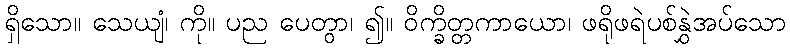
ရှိသော။ သေယျံ၊ ကို။ ပည ပေတွာ၊ ၍။ ဝိက္ခိတ္တကာယော၊ ဖရိုဖရဲပစ်နွှဲအပ်သော